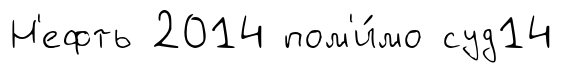
Н'ефть 2014 пом'и́мо суд14